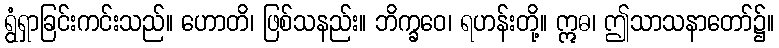
ရွံရှာခြင်းကင်းသည်။ ဟောတိ၊ ဖြစ်သနည်း။ ဘိက္ခဝေ၊ ရဟန်းတို့။ ဣဓ၊ ဤသာသနာတော်၌။